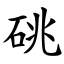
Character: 䂪